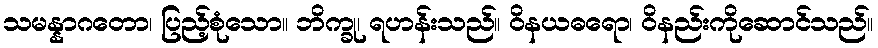
သမန္နာဂတော၊ ပြည့်စုံသော။ ဘိက္ခု၊ ရဟန်းသည်။ ဝိနယဓရော၊ ဝိနည်းကိုဆောင်သည်။